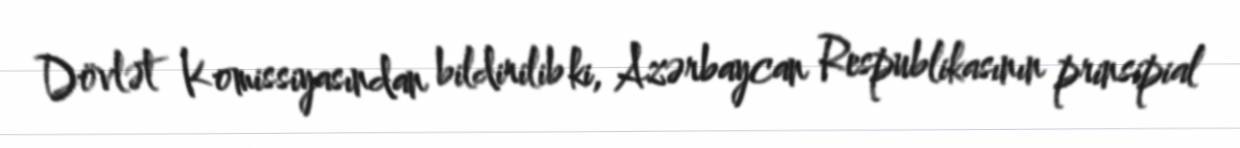
Dövlət Komissiyasından bildirilib ki, Azərbaycan Respublikasının prinsipial